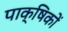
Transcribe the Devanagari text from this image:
पाक्षिकों